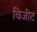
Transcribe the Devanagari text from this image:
विजीट